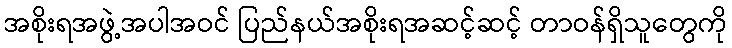
အစိုးရအဖွဲ့အပါအဝင် ပြည်နယ်အစိုးရအဆင့်ဆင့် တာဝန်ရှိသူတွေကို